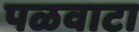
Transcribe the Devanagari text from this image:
पळवाटा